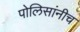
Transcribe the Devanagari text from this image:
पोलिसांनीच